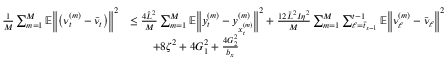
\begin{array} { r l } { \frac { 1 } { M } \sum _ { m = 1 } ^ { M } \mathbb { E } \bigg \| \big ( \nu _ { t } ^ { ( m ) } - \bar { \nu } _ { t } \big ) \bigg \| ^ { 2 } } & { \leq \frac { 4 \hat { L } ^ { 2 } } { M } \sum _ { m = 1 } ^ { M } \mathbb { E } \bigg \| y _ { t } ^ { ( m ) } - y _ { x _ { t } ^ { ( m ) } } ^ { ( m ) } \bigg \| ^ { 2 } + \frac { 1 2 \bar { L } ^ { 2 } I \eta ^ { 2 } } { M } \sum _ { m = 1 } ^ { M } \sum _ { \ell = \bar { t } _ { s - 1 } } ^ { t - 1 } \mathbb { E } \bigg \| \nu _ { \ell } ^ { ( m ) } - \bar { \nu } _ { \ell } \bigg \| ^ { 2 } } \\ & { \qquad + 8 \zeta ^ { 2 } + 4 G _ { 1 } ^ { 2 } + \frac { 4 G _ { 2 } ^ { 2 } } { b _ { x } } } \end{array}